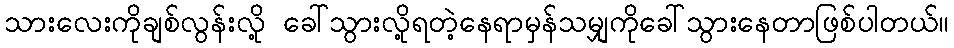
သားလေးကိုချစ်လွန်းလို့ ခေါ်သွားလို့ရတဲ့နေရာမှန်သမျှကိုခေါ်သွားနေတာဖြစ်ပါတယ်။